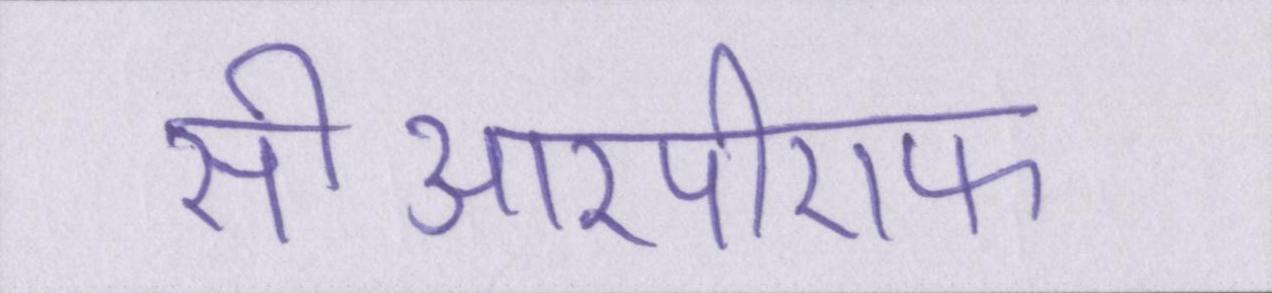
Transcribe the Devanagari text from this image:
सीआरपीएफ